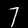
Label: 7